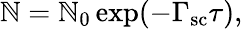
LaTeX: \mathbb{N}=\mathbb{N}_{0}\exp(-\Gamma_{\mathrm{{sc}}}\tau),